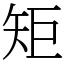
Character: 矩